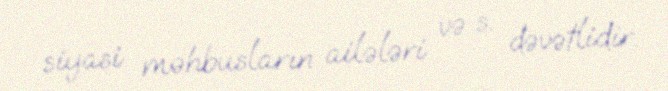
siyasi məhbusların ailələri və s. dəvətlidir.